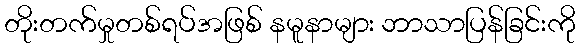
တိုးတက်မှုတစ်ရပ်အဖြစ် နမူနာများ ဘာသာပြန်ခြင်းကို